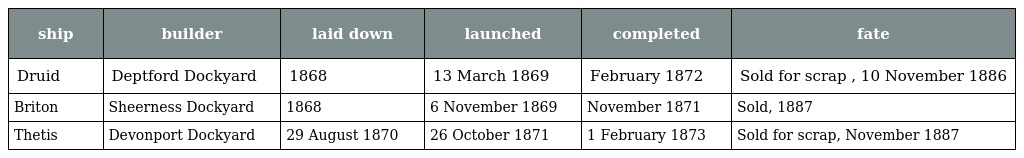
| ship | builder | laid down | launched | completed | fate |
 | --- | --- | --- | --- | --- | --- |
 | Druid | Deptford Dockyard | 1868 | 13 March 1869 | February 1872 | Sold for scrap , 10 November 1886 |
 | Briton | Sheerness Dockyard | 1868 | 6 November 1869 | November 1871 | Sold, 1887 |
 | Thetis | Devonport Dockyard | 29 August 1870 | 26 October 1871 | 1 February 1873 | Sold for scrap, November 1887 |